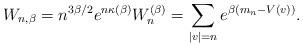
LaTeX: \begin{align*} W_{n,\beta} = n^{3\beta/2} e^{n \kappa(\beta)} W_n^{(\beta)} = \sum_{|v|=n} e^{\beta (m_n - V(v))}.\end{align*}